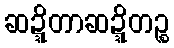
ဆဍ္ဍိတာဆဍ္ဍိတဉ္စ